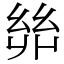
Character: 𢇇